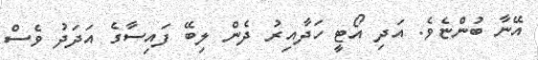
އޭނާ ބުންޏެވެ. އަދި އޯޓީ ހަދާއިރު ދެން ލިބޭ ފައިސާގެ އަދަދު ވެސް